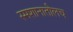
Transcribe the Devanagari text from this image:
स्मशानातीलच